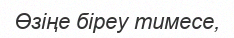
Өзіңе біреу тимесе,